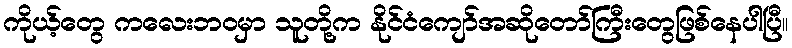
ကိုယ့်တွေ ကလေးဘဝမှာ သူတို့က နိုင်ငံကျော်အဆိုတော်ကြီးတွေဖြစ်နေပါပြီ။